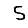
Digit: 5